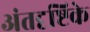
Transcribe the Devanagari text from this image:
अंतदृष्टिके